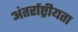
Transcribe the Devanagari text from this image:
अंतर्राष्ट्रीयता